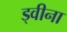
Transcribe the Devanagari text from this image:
ड्वीना